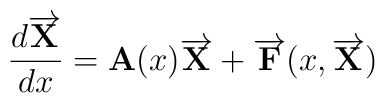
\frac{d \overrightarrow{{\bf X}}} {dx} = {\bf A}(x) \overrightarrow{{\bf X}} +\overrightarrow{{\bf F}}(x,\overrightarrow{{\bf X}})